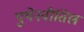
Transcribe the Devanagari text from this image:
पुथेनवीतिल